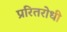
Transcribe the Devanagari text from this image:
प्ररितरोधी